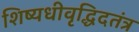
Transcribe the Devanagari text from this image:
शिष्यधीवृद्धिदतंत्र